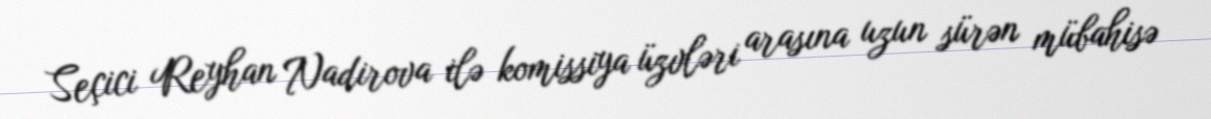
Seçici Reyhan Nadirova ilə komissiya üzvləri arasına uzun sürən mübahisə